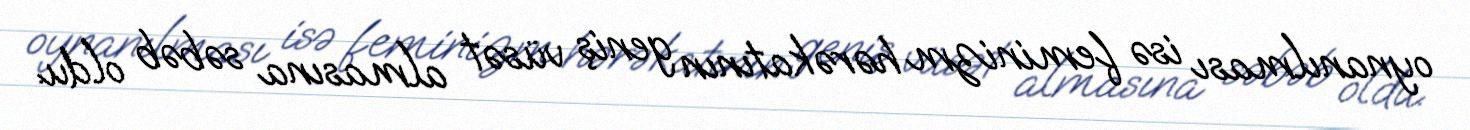
oynanılması isə feminizm hərəkatının geniş vüsət almasına səbəb oldu.